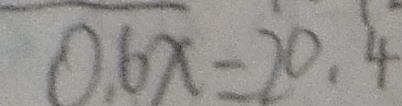
0 . 6 x = 2 0 . 4